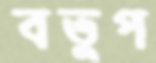
বতুপ